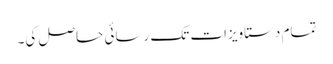
تمام دستاویزات تک رسائی حاصل کی۔